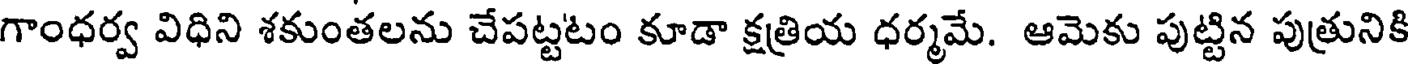
గాంధర్వ విధిని శకుంతలను చేపట్టటం కూడా క్షత్రియ ధర్మమే. ఆమెకు పుట్టిన పుత్రునికి